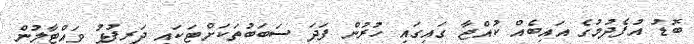
ބޮޑު އުފެދުމުގެ އައިބެއް ކުއްޖާ ގައިގައި ހުރުން ފަދަ ސަބަބުތަކަށްޓަކައި ދަރިފުޅު ވައްޓާލުން